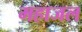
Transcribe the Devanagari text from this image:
महाजल